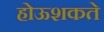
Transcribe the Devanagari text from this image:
होऊशकते